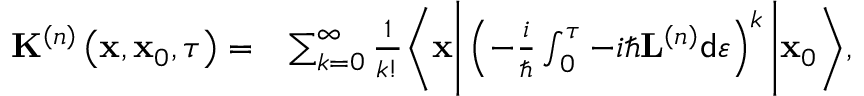
\begin{array} { r l } { \mathbf { K } ^ { \left( n \right) } \left( \mathbf { x } , \mathbf { x } _ { 0 } , \tau \right) = } & { \sum _ { k = 0 } ^ { \infty } \frac { 1 } { k ! } \Bigg \langle \mathbf { x } \Bigg \vert \left( - \frac { i } { \hbar } \int _ { 0 } ^ { \tau } - i \hbar \mathbf { L } ^ { \left( n \right) } \mathsf { d } \varepsilon \right) ^ { k } \Bigg \vert \mathbf { x } _ { 0 } \Bigg \rangle , } \end{array}